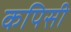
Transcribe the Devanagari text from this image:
कपिसी